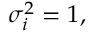
\sigma _ { i } ^ { 2 } = 1 ,